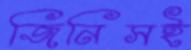
জিনিসই